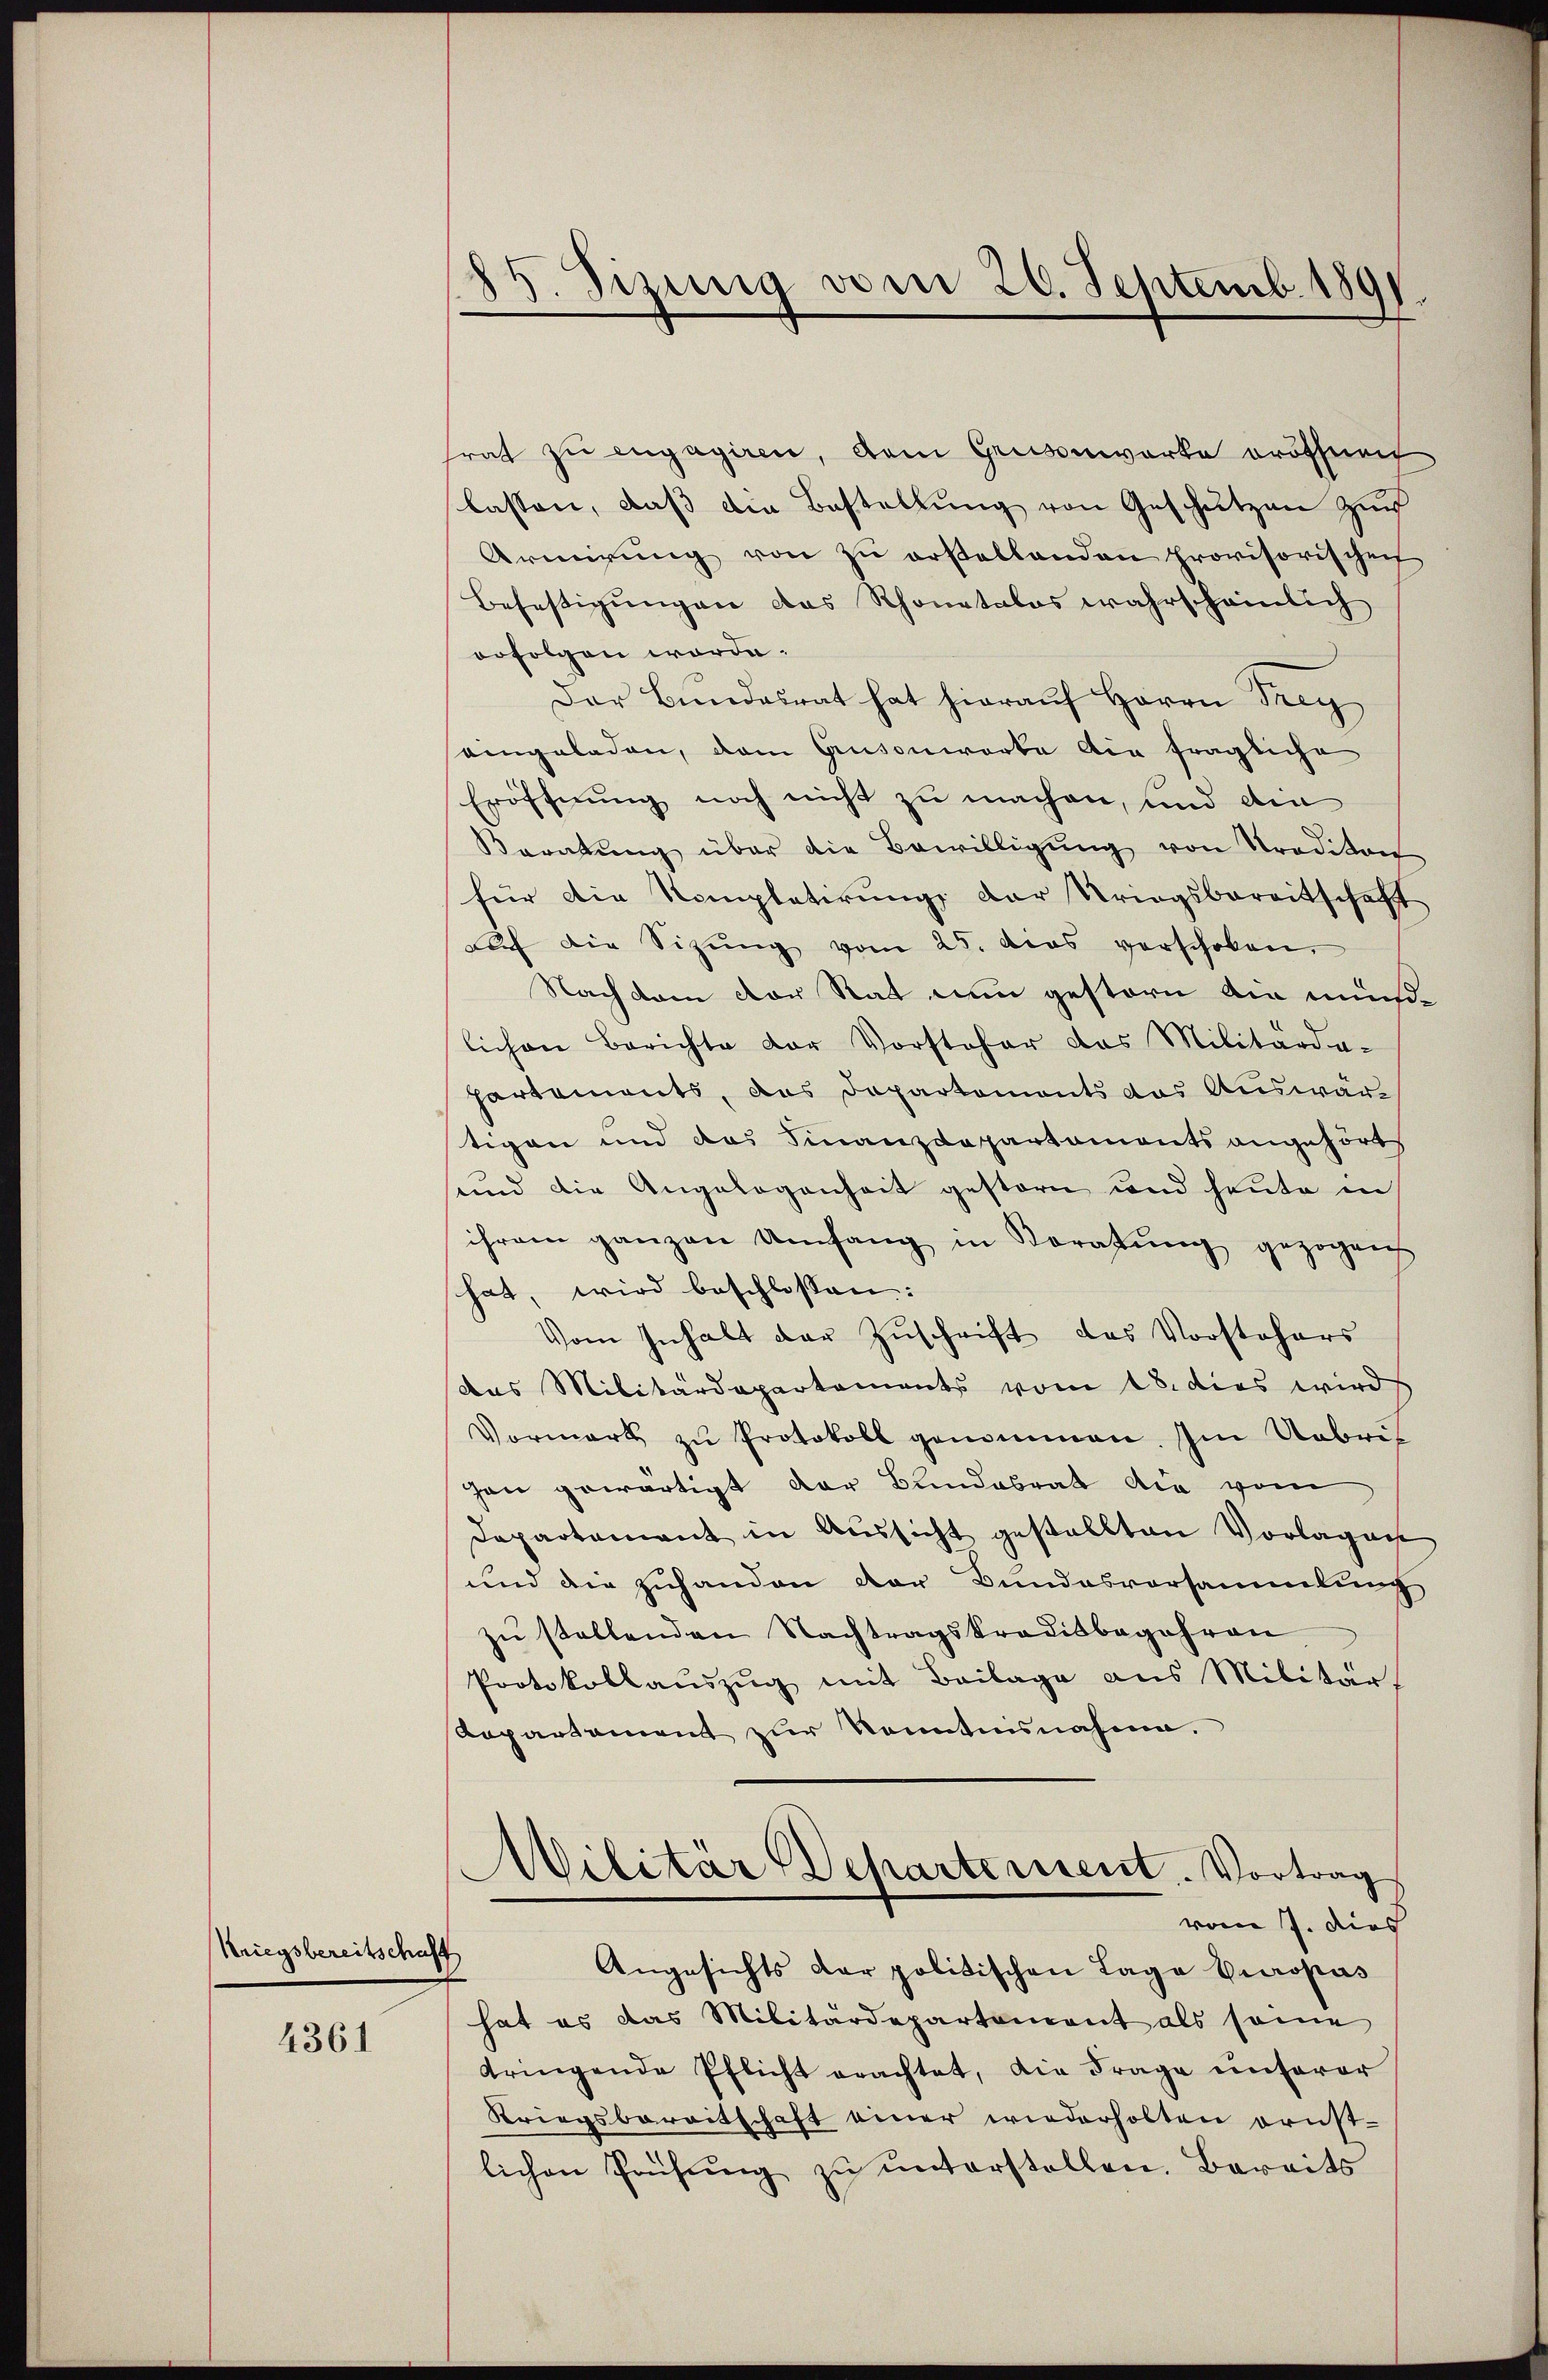
Kriegsbereitschaft

4361

85. Sizung vom 20. Septemb. 1891.

trat zu engagiren, dem Grusserwerke eröffnach
lassen, daβ die Bestellŭng von Geschützen zur
Armirŭng von zŭ erstellenden provisorischen
Befestigungen das Schonetalos wahrscheinlich
orfolgen worde.
Der Bundesrat hat hierauf Herrn Frey
eingeladen, dem Gusonwarte die fragliche
Eröffnung noch nicht zu machen, und den
Varatung über die Bewilligung von Tradikon
für die Kompletirŭng der Striegsbereitschaft
auf die Sitzŭng vom 25. dies verschoben.
Nach dem der Rat nun gestern am mündlichen Berichte der Vorsteher das Militärde-
partements, das Departements das Auswärtigen und das Finanzdepartaments angehört
und die Angelegenheit gestern und heute in
ihrem ganzen Umfang in Voratŭng gezogen
hat, wird beschlossen:
Vom Inhalt der Zŭschrift das Vorstehers
das Militärdepartements vom 18. dies wird
Vormark zŭ Protokoll genommen. Im Uebrit
han gewärtigt der Bundesrat die vom
Departement in Aŭssicht gestellten Vorlagen
und die zuhanden der Bundesvorsammlung
zu stellenden Nachtragskreditbegehren
Protokollauszug mit Beilage aus Militär
Repartament zur Kenntnisnahme.
Militär Departement. Vortrag
vom 7. dies
Angesichts der politischen Lage Europas
hat es das Militärdepartement als seine
tringende Pflicht erachtet, die Frage unserer
Kriegsbereitschaft einer wiederholten ornst-
lichen Prüfŭng zŭ ŭnterstellen. Bereits